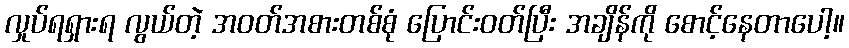
လှုပ်ရရှားရ လွယ်တဲ့ အဝတ်အစားတစ်စုံ ပြောင်းဝတ်ပြီး အချိန်ကို စောင့်နေတာပေါ့။